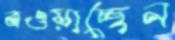
বওয়াচ্ছেন